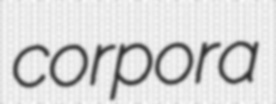
corpora